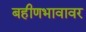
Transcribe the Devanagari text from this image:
बहीणभावावर